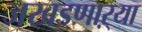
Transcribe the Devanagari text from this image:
जखडणाऱ्या